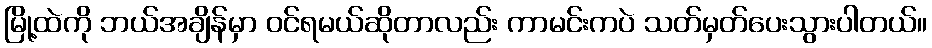
မြို့ထဲကို ဘယ်အချိန်မှာ ဝင်ရမယ်ဆိုတာလည်း ကာမင်းကပဲ သတ်မှတ်ပေးသွားပါတယ်။